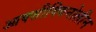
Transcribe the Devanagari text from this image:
आक्सीक्विनोलीन